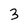
Character: 3